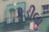
કડીલા